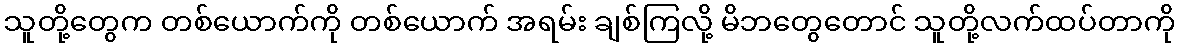
သူတို့တွေက တစ်ယောက်ကို တစ်ယောက် အရမ်း ချစ်ကြလို့ မိဘတွေတောင် သူတို့လက်ထပ်တာကို